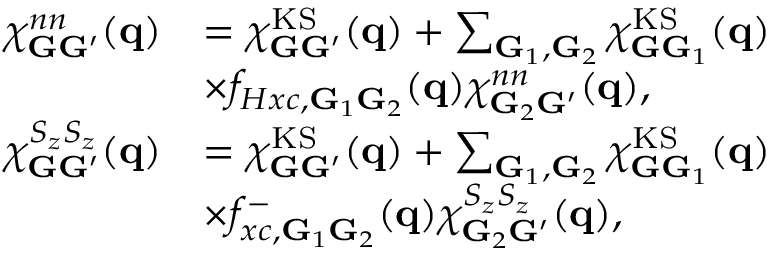
\begin{array} { r l } { \chi _ { \mathbf { G } \mathbf { G } ^ { \prime } } ^ { n n } ( \mathbf { q } ) } & { = \chi _ { \mathbf { G } \mathbf { G } ^ { \prime } } ^ { \mathrm { K S } } ( \mathbf { q } ) + \sum _ { \mathbf { G } _ { 1 } , \mathbf { G } _ { 2 } } \chi _ { \mathbf { G } \mathbf { G } _ { 1 } } ^ { \mathrm { K S } } ( \mathbf { q } ) } \\ & { \times f _ { H x c , \mathbf { G } _ { 1 } \mathbf { G } _ { 2 } } ( \mathbf { q } ) \chi _ { \mathbf { G } _ { 2 } \mathbf { G } ^ { \prime } } ^ { n n } ( \mathbf { q } ) , } \\ { \chi _ { \mathbf { G } \mathbf { G } ^ { \prime } } ^ { S _ { z } S _ { z } } ( \mathbf { q } ) } & { = \chi _ { \mathbf { G } \mathbf { G } ^ { \prime } } ^ { \mathrm { K S } } ( \mathbf { q } ) + \sum _ { \mathbf { G } _ { 1 } , \mathbf { G } _ { 2 } } \chi _ { \mathbf { G } \mathbf { G } _ { 1 } } ^ { \mathrm { K S } } ( \mathbf { q } ) } \\ & { \times f _ { x c , \mathbf { G } _ { 1 } \mathbf { G } _ { 2 } } ^ { - } ( \mathbf { q } ) \chi _ { \mathbf { G } _ { 2 } \mathbf { G } ^ { \prime } } ^ { S _ { z } S _ { z } } ( \mathbf { q } ) , } \end{array}